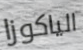
الياكوزا